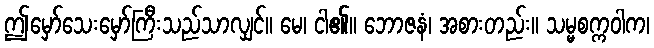
ဤမှော်သေးမှော်ကြီးသည်သာလျှင်။ မေ၊ ငါ၏။ ဘောဇနံ၊ အစားတည်း။ သမ္မစက္ကဝါက၊